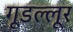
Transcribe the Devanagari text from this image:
गूडल्लूर